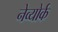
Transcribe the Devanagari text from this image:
नेव्योर्क